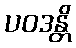
ပဝဒန္တိ